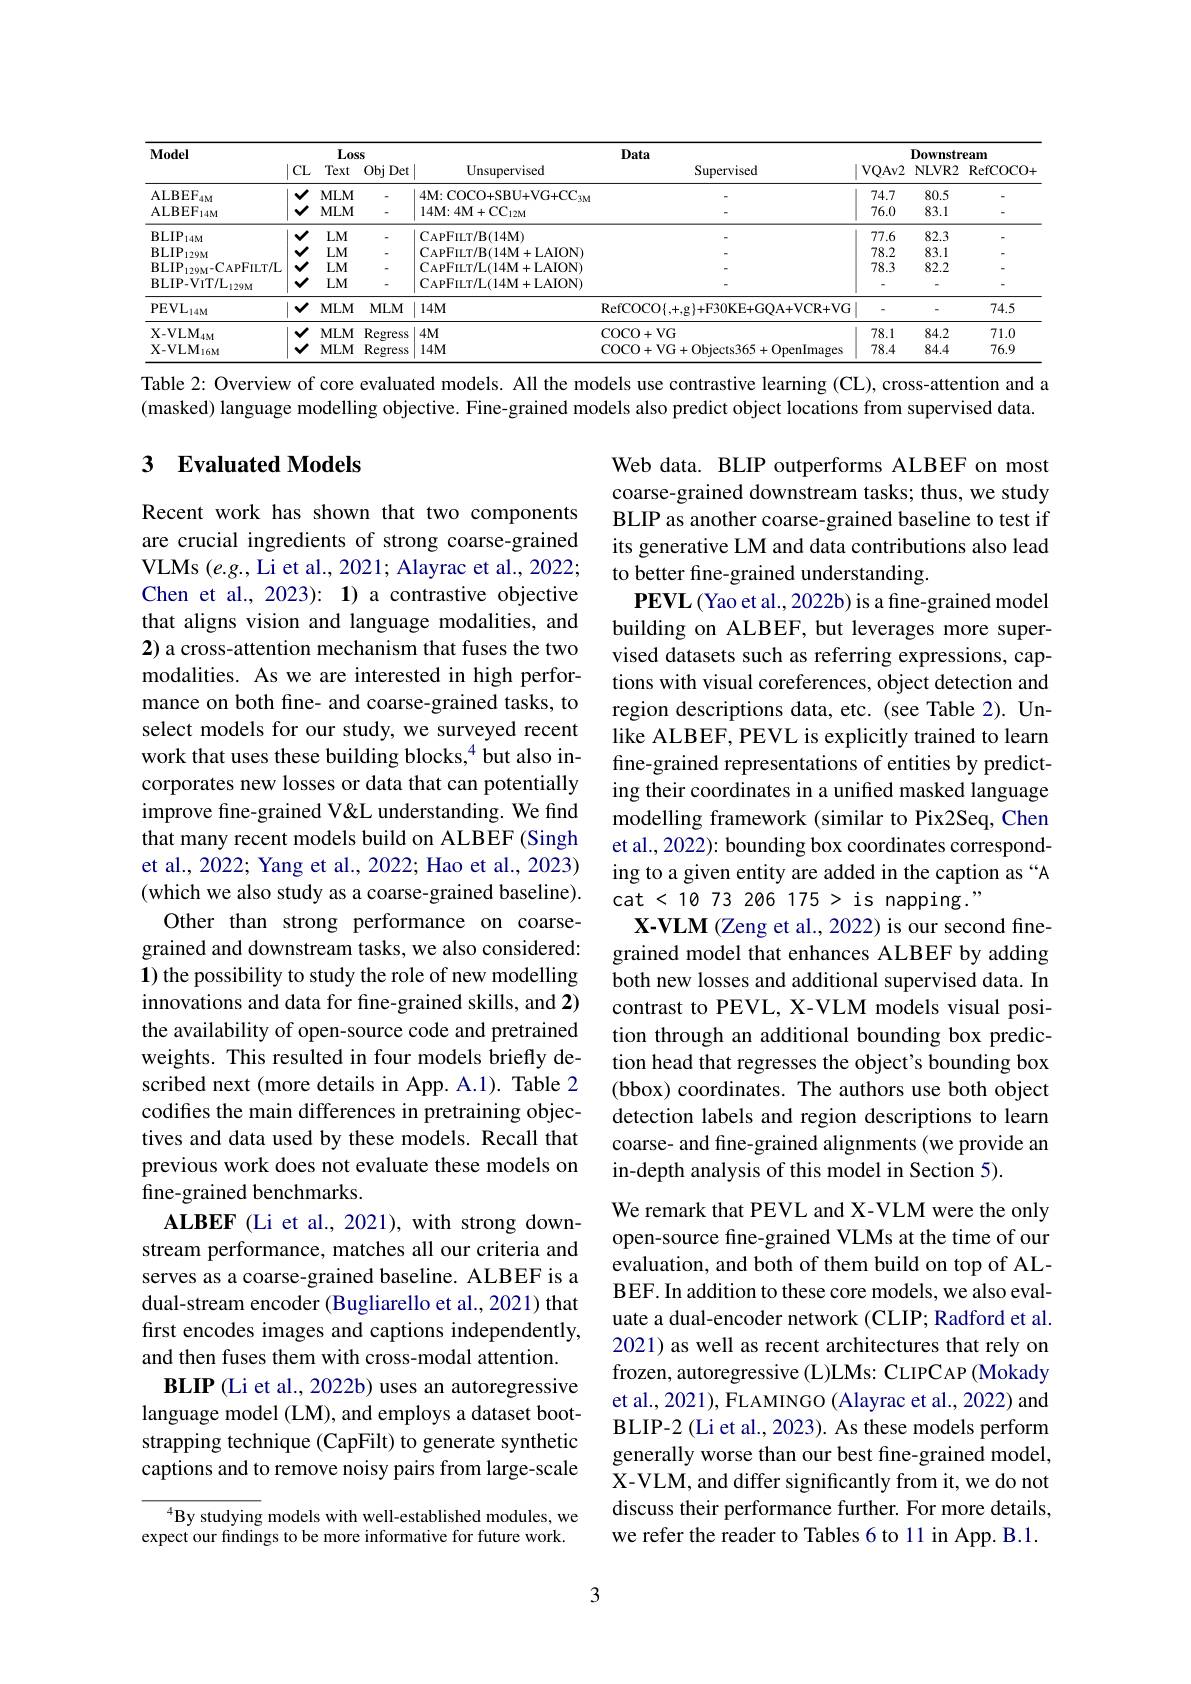
<table>
	<tbody>
		<tr>
			<th rowspan="2">$\mathbf{Model}$</th>
			<th colspan="3">Loss</th>
			<th colspan="2">Data</th>
			<th>ta</th>
			<th colspan="3">Downstream</th>
		</tr>
		<tr>
			<th>$CL$</th>
			<th>Text</th>
			<th>Obj Det</th>
			<th>Unsupervised</th>
			<th> </th>
			<th>Supervised</th>
			<th>$VQAv2$</th>
			<th>NLVR2</th>
			<th>RefCOCO</th>
		</tr>
		<tr>
			<td>$\mathrm{ALBEF}_{4\mathbf{M}}$</td>
			<td>1 $V$</td>
			<td>$MLM$</td>
			<td> </td>
			<td>4M: COCO+ SBU+ VG+ CC $3M$</td>
			<td>M</td>
			<td> </td>
			<td>74.7</td>
			<td>80.5</td>
			<td> </td>
		</tr>
		<tr>
			<td>$\mathrm{ALBEF}_{14M}$</td>
			<td>M</td>
			<td>$MLM$</td>
			<td> </td>
			<td>$14\mathbf{M} : 4\mathbf{M} + \mathrm{CC}_{12\mathbf{M} }$</td>
			<td> </td>
			<td> </td>
			<td>76.0</td>
			<td>83.1</td>
			<td> </td>
		</tr>
		<tr>
			<td>$\mathrm{BLIP}_{14M}$</td>
			<td>A 1</td>
			<td>$LM$</td>
			<td> </td>
			<td>CAPFILT/ B( 14M) </td>
			<td> </td>
			<td> </td>
			<td>77.6</td>
			<td>82.3</td>
			<td> </td>
		</tr>
		<tr>
			<td>$\mathbf{BLIP}_{129M}$</td>
			<td>A 1 1 T 1 1</td>
			<td>$LM$</td>
			<td> </td>
			<td>CAPFILT/ B( 14M+ LAION) </td>
			<td> </td>
			<td> </td>
			<td>78.2</td>
			<td>83.1</td>
			<td> </td>
		</tr>
		<tr>
			<td>$\mathrm{BLIP}_{129M-CAPFILT/L}$</td>
			<td>1 、</td>
			<td>$LM$</td>
			<td> </td>
			<td>CAPFILT/ L( 14M+ LAION) </td>
			<td> </td>
			<td> </td>
			<td>78.3</td>
			<td>82.2</td>
			<td> </td>
		</tr>
		<tr>
			<td>$\mathbf{BLIP-VIT/L}_{129\mathrm{M}}$</td>
			<td>M</td>
			<td>$LM$</td>
			<td> </td>
			<td>CAPFILT/ L( 14M+ LAION) </td>
			<td> </td>
			<td> </td>
			<td> </td>
			<td> </td>
			<td> </td>
		</tr>
		<tr>
			<td>$\mathrm{PEVL}_{14\mathrm{M}}$</td>
			<td>1 $V$</td>
			<td>$MLM$</td>
			<td>$MLM$</td>
			<td>$14M1$</td>
			<td>RefCOCO</td>
			<td>$\operatorname{CO}\{,+,g\}+\operatorname{F30KE+GQA+VCR+VG}$</td>
			<td>$\left|\begin{array}{c}1\\0\end{array}\right|$</td>
			<td> </td>
			<td>74.5</td>
		</tr>
		<tr>
			<td rowspan="2">$\mathrm{X-VLM}_{4\mathrm{M}}$ $\mathrm{X-VLM}_{16M}$</td>
			<td>I A 1 1</td>
			<td>$MLM$</td>
			<td>Regress</td>
			<td>$4M$</td>
			<td>$\operatorname{COCO}$ +</td>
			<td>1+VG</td>
			<td>78.1</td>
			<td>84.2</td>
			<td>71.0</td>
		</tr>
		<tr>
			<td>A</td>
			<td>$MLM$</td>
			<td>Regress</td>
			<td>$14M$</td>
			<td>$\operatorname{COCO}$ 十</td>
			<td>+VG+Objects365+OpenImages</td>
			<td>78.4</td>
			<td>84.4</td>
			<td>76.9</td>
		</tr>
	</tbody>
</table>
Table 2: Overview of core evaluated models. All the models use contrastive learning (CL), cross-attention and a

(masked) language modelling objective. Fine-grained models also predict object locations from supervised data.

### 3 $\textbf{Evaluated Models}$

Web data. BLIP outperforms ALBEF on most coarse-grained downstream tasks; thus, we study BLIP as another coarse-grained baseline to test if its generative LM and data contributions also lead to better fine-grained understanding.
$\mathbf{PEVL}$ (Yao et al., 2022b) is a fine-grained model building on ALBEF, but leverages more supervised datasets such as referring expressions, captions with visual coreferences, object detection and region descriptions data, etc. (see Table 2). Unlike ALBEF, PEVL is explicitly trained to learn fine-grained representations of entities by predicting their coordinates in a unified masked language modelling framework (similar to Pix2Seq, Chen et al., 2022): bounding box coordinates corresponding to a given entity are added in the caption as “A cat <10 73 206 175 > is napping."
X-VLM (Zeng et al., 2022) is our second finegrained model that enhances ALBEF by adding both new losses and additional supervised data. In contrast to PEVL, X-VLM models visual position through an additional bounding box prediction head that regresses the object's bounding box (bbox) coordinates. The authors use both object detection labels and region descriptions to learn coarse- and fine-grained alignments (we provide an in-depth analysis of this model in Section 5).
We remark that PEVL and X-VLM were the only

Recent work has shown that two components are crucial ingredients of strong coarse-grained VLMs $(e.g.$, Li et al., 2021; Alayrac et al., 2022; Chen et al., 2023): 1) a contrastive objective that aligns vision and language modalities, and 2) a cross-attention mechanism that fuses the two modalities. As we are interested in high performance on both fine- and coarse-grained tasks, to select models for our study, we surveyed recent work that uses these building blocks,$^{4}$but also incorporates new losses or data that can potentially improve fine-grained V&L understanding. We find that many recent models build on ALBEF (Singh et al., 2022; Yang et al., 2022; Hao et al., 2023) (which we also study as a coarse-grained baseline).
Other than strong performance on coarsegrained and downstream tasks, we also considered: $\mathbf{1}$) the possibility to study the role of new modelling innovations and data for fine-grained skills, and 2) the availability of open-source code and pretrained weights. This resulted in four models briefly described next (more details in App. A.1). Table 2 codifies the main differences in pretraining objectives and data used by these models. Recall that previous work does not evaluate these models on fine-grained benchmarks.
ALBEF (Li et al., 2021), with strong downstream performance, matches all our criteria and serves as a coarse-grained baseline. ALBEF is a dual-stream encoder (Bugliarello et al., 2021) that first encodes images and captions independently, and then fuses them with cross-modal attention.
BLIP (Li et al., 2022b) uses an autoregressive language model (LM), and employs a dataset bootstrapping technique (CapFilt) to generate synthetic captions and to remove noisy pairs from large-scale
$^{4}$By studying models with well-established modules, we

open-source fine-grained VLMs at the time of our evaluation, and both of them build on top of ALBEF. In addition to these core models, we also evaluate a dual-encoder network (CLIP; Radford et al. 2021) as well as recent architectures that rely on frozen, autoregressive (L)LMs: CLIPCAP (Mokady et al., 2021), FLAMINGO (Alayrac et al., 2022) and BLIP-2 (Li et al., 2023). As these models perform generally worse than our best fine-grained model, X-VLM, and differ significantly from it, we do not discuss their performance further. For more details, we refer the reader to Tables 6 to 11 in App. B.1.

expect our findings to be more informative for future work.

3